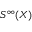
S ^ { \infty } ( X )